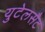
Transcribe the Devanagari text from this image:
युटेलसैट